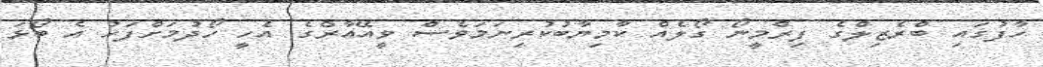
ހާފުގައި ބްރެޒިލްގެ ފިރްމީނޯ ގޯލެއް ކާމިޔާބުކުރިނަމަވެސް ވީއޭއާރްގެ އެހީ ހޯދުމަށްފަހު އެ ބޯޅަ